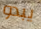
يبدو